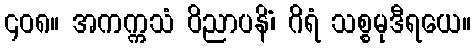
၄၀၈။ အကက္ကသံ ဝိညာပနိံ၊ ဂိရံ သစ္စမုဒီရယေ။